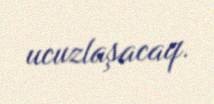
ucuzlaşacaq.